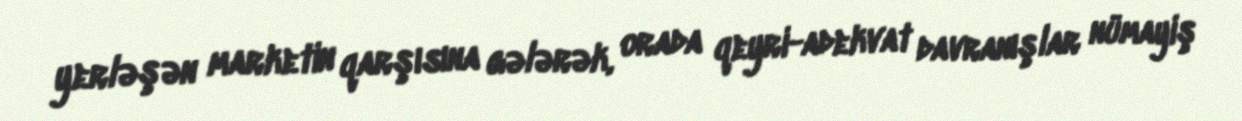
yerləşən marketin qarşısına gələrək, orada qeyri-adekvat davranışlar nümayiş